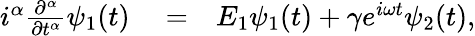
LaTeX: \begin{array}{rlr}{i^{\alpha}\frac{\partial^{\alpha}}{\partial t^{\alpha}}\psi_{1}(t)}&{{}=}&{E_{1}\psi_{1}(t)+\gamma e^{i\omega t}\psi_{2}(t),}\end{array}